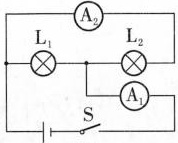
第28题